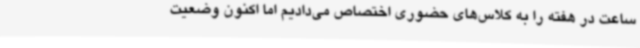
ساعت در هفته را به کلاس‌های حضوری اختصاص می‌دادیم اما اکنون وضعیت